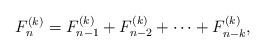
LaTeX: \begin{align*}F_n^{(k)} = F_{n-1}^{(k)} + F_{n-2}^{(k)} + \cdots + F_{n-k}^{(k)},\end{align*}